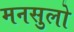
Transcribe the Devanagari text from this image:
मनसुलो